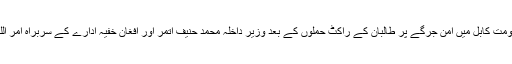
اس ماہ کے اوائل میں دارالحکومت کابل میں امن جرگے پر طالبان کے راکٹ حملوں کے بعد وزیر داخلہ محمد حنیف اتمر اور افغان خفیہ ادارے کے سربراہ امر اللہ صالح مستعفی ہوگئے تھے۔